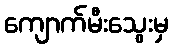
ကျောက်မီးသွေးမှ